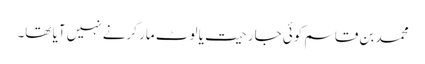
محمد بن قاسم کوئی جارحیت یا لوٹ مار کرنے نہیں آیا تھا۔